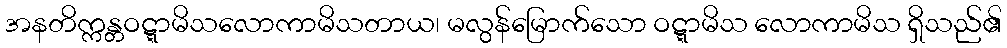
အနတိက္ကန္တဝဋ္ဋာမိသလောကာမိသတာယ၊ မလွန်မြောက်သော ဝဋ္ဋာမိသ လောကာမိသ ရှိသည်၏